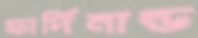
ফার্দিনান্ড